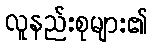
လူနည်းစုများ၏